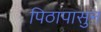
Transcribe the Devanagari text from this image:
पिठापासुन